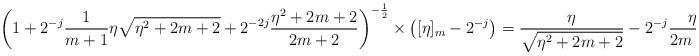
LaTeX: \begin{align*}\left(1+2^{-j}\frac{1}{m+1}\eta\sqrt{\eta^2+2m+2} +2^{-2j}\frac{\eta^2+2m+2}{2m+2}\right)^{-\frac{1}{2}}\times\left([\eta]_{m}-2^{-j}\right) &=\frac{\eta}{\sqrt{\eta^2+2m+2}}-2^{-j}\frac{\eta^2}{2m+2}+r',\end{align*}